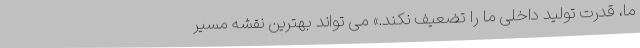
ما، قدرت تولید داخلی ما را تضعیف نکند.» می تواند بهترین نقشه مسیر